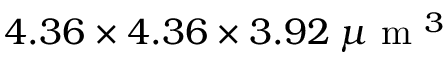
4 . 3 6 \times 4 . 3 6 \times 3 . 9 2 \: \mu \mathrm { ~ m ~ } ^ { 3 }